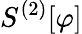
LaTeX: S^{(2)}[\varphi]